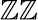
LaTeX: \mathbb{Z}\mathbb{Z}